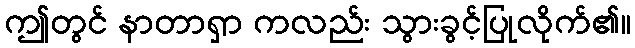
ဤတွင် နာတာရှာ ကလည်း သွားခွင့်ပြုလိုက်၏။